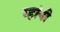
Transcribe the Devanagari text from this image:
य्हांनी